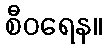
စီဝရေန။